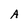
Character: A